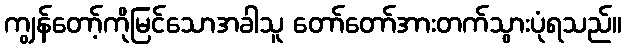
ကျွန်တော့်ကိုမြင်သောအခါသူ တော်တော်အားတက်သွားပုံရသည်။